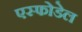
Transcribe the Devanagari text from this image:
एस्फोडेल